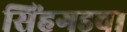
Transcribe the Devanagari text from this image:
सिंहगडचा